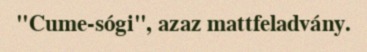
"Cume-sógi", azaz mattfeladvány.